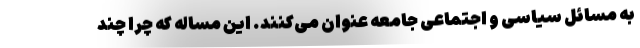
به مسائل سیاسی و اجتماعی جامعه عنوان می‌کنند. این مساله که چرا چند